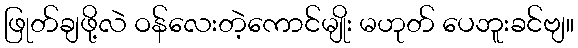
ဖြုတ်ချဖို့လဲ ဝန်လေးတဲ့ကောင်မျိုး မဟုတ် ပေဘူးခင်ဗျ။